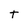
Character: t